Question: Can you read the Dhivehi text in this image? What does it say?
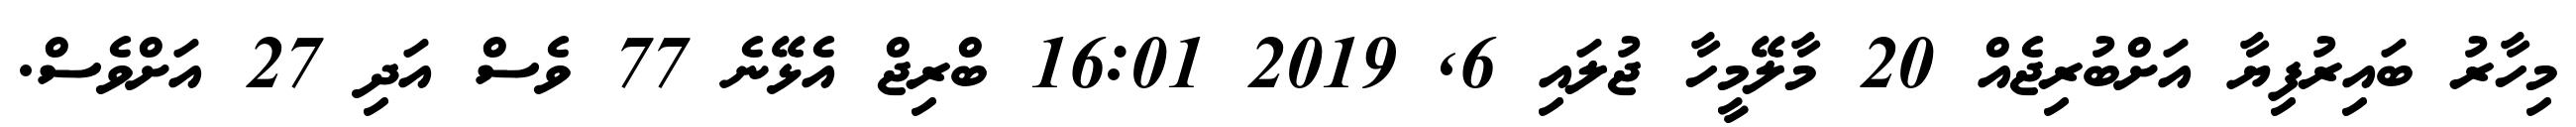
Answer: މިހާރު ބައިރުފިޔާ އަށްބުރިޖެއް 20 މާލޭމީހާ ޖުލައި 6, 2019 16:01 ބްރިޖް އެޅޭނެ 77 ވެސް އަދި 27 އަށްވެސް.